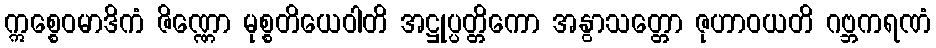
ဣစ္စေဝမာဒိကံ ဇိဏ္ဏော မုစ္စတိယေဝါတိ အဋ္ဌုပ္ပတ္တိကော အနွာသတ္တော ဇုဟာဝယတိ ဂဗ္ဘကရဏံ